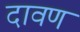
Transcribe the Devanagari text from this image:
दावण